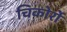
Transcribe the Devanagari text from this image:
चिकोर्रो